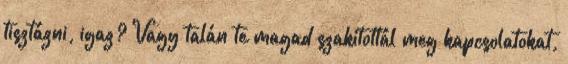
tisztázni, igaz? Vagy talán te magad szakítottál meg kapcsolatokat,